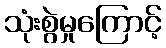
သုံးစွဲမှုကြောင့်